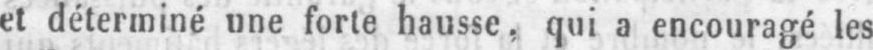
et déterminé une forte hausse, qui a encouragé les